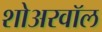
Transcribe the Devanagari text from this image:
शोअरवॉल